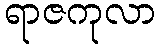
ရာဇကုလာ